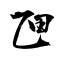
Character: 乪